Annual report on the lock hospitals of the Madras Presidency
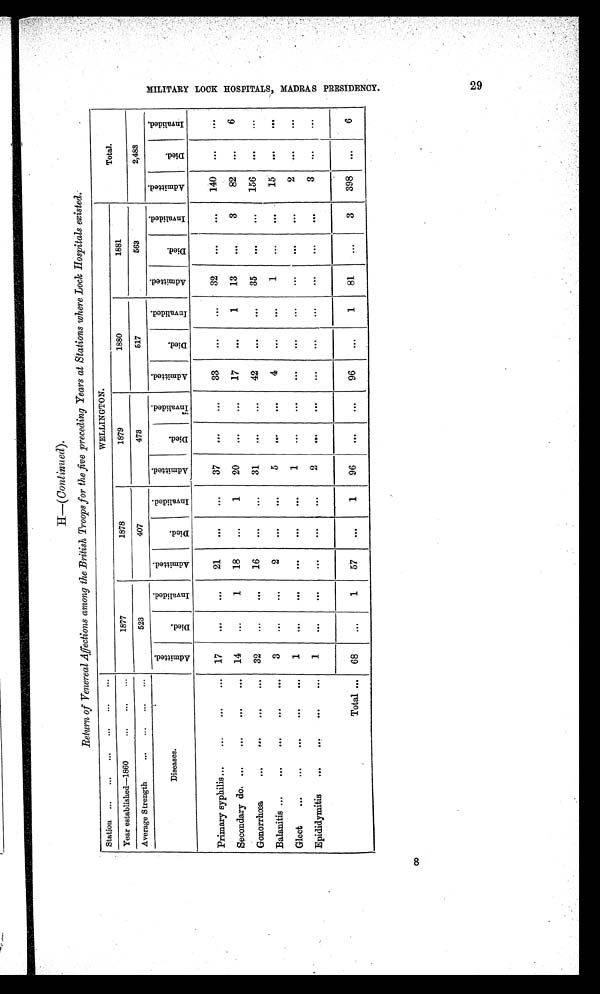
8
H—( Continued).
Return of Venereal Affections among the British Troops for the five preceding Years at Stations where Lock Hospitals existed.
Station ... ... ... ... ... ...
WELLINGTON.
Total.
Year established—1860
... ... ...
1877
1878
1879
1880
1881
Average Strength
... ...
... ...
523
407
473
517
563
2,483
Diseases.
A d m i t t e d .
D i e d .
I n v a l i d e d .
A d m i t t e d .
D i e d
.
I n v a l i d e d .
A d m i t t e d .
D i e d .
I n v a l i d e d
.
A d m i t t e d .
Died.
I n v a l i d e d .
A d m i t t e d .
D i e d .
I n v a l i d e d .
A d m i t t e d .
D i e d .
I n v a l i d e d .
Primary syphilis... ... ... ...
17
. . .
. . .
21
. . .
...
37
. . .
. . .
33
. . .
...
32
. . .
. . .
140
. . .
. . .
Secondary do. ...
...
... ...
14
...
1
18
...
1
20
... ...
17
...
1
13
...
3
82
...
6
Gonorrhœa
... ... ... ...
32
... ...
16
...
...
31
... ...
42
... ...
35
... ...
156
...
...
Balanitis ...
... ... ... ...
3
...
...
2
... ...
5
... ...
4
... ...
1
...
...
15
... ...
Gleet
... ... ... ... ...
1
... ... ... ... ...
1
... ... ... ... ... ... ... ...
2
... ...
Epididymitis
... ... ... ...
1
... ... ... ... ...
2
... ... ... ...
...
... ... ...
3 . . .
...
Total ... 68
...
1
57
...
1
96
... ...
96
...
1
81
...
3
398
...
6
M I L I T A R Y L O O K H O S P I T A L S , M A D R A S P R E S I D E N C Y .
2 9